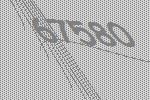
67580